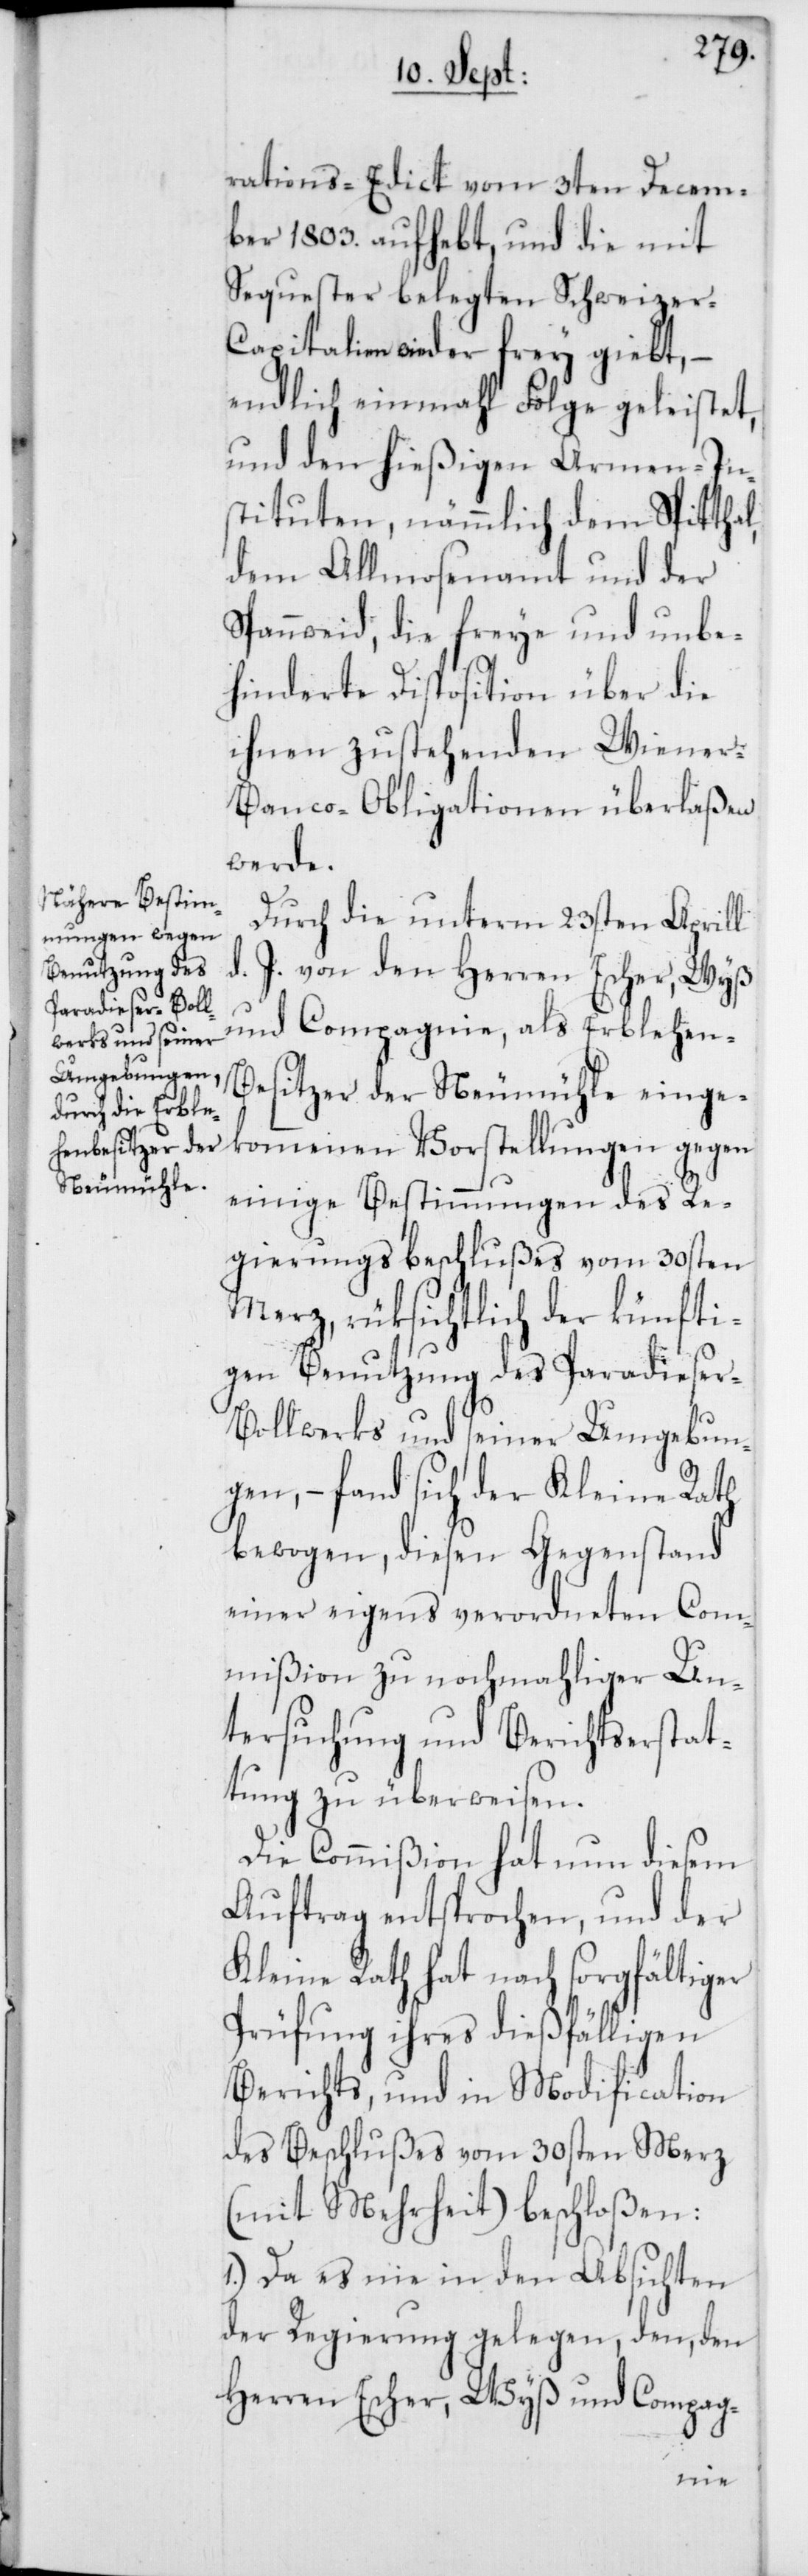
rations-Edict vom 3ten Decem¬
ber 1803. aufhebt, und die mit
Sequester belegten Schweizer-C¬
apitalien wieder frey giebt, –
endich einmahl Folge geleistet,
und den hießigen Armen-In¬
stituten, nämmlich dem Spitthal,
dem Allmosenamt und der
Spannweid, die freye und unbe¬
hinderete Disposition über die
ihnen zustehenden Wiener-B¬
anco-Obligationen überlaßen
werde.
Durch die unterm 23sten Aprill
d. J. von den Herren Escher, Wyß
und Compagnie, als Erblehen-B¬
esitzer der Neumühle einge¬
kommenen Vorstellungen gegen
einige Bestimmungen des Re¬
gierungsbeschlußes vom 30sten
Merz, rüksichtlich der künfti¬
gen Benutzung des Paradiese¬
r-Bollwerks und seiner Umgebun¬
gen, – fand sich der Kleine Rath
bewogen, diesen Gegenstand
einer eigens verordneten Com¬
mißion zu nochmahliger Un¬
tersuchung und Berichtserstat¬
tung zu überweisen.
Die Commißion hat nun diesem
Auftrag entsprochen, und der
Kleine Rath hat nach sorgfältiger
Prüfung ihres dießfälligen
Berichts und die Modification
des Beschlußes vom 30sten Merz
(mit Mehrheit) beschloßen:
1.) Da es nie in den Absichten
der Regierung gelegen, den, den
Herren Escher Wyß und Compag-